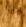
أبرز